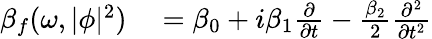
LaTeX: \begin{array}{rl}{\beta_{f}(\omega,|\phi|^{2})}&{{}=\beta_{0}+i\beta_{1}\frac{\partial}{\partial t}-\frac{\beta_{2}}{2}\frac{\partial^{2}}{\partial t^{2}}}\end{array}